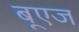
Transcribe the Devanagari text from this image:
बूएज